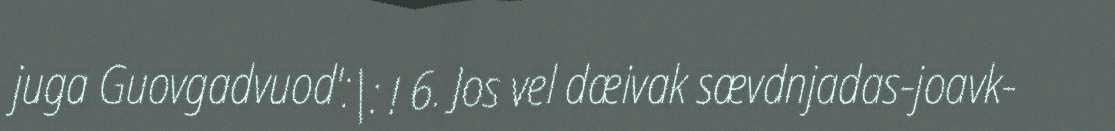
juga Guovgadvuod':|: ! 6. Jos vel dæivak sævdnjadas-joavk-